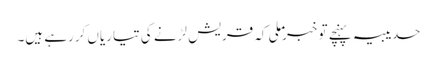
حدیبیہ پہنچے تو خبر ملی کہ قریش لڑنے کی تیاریاں کررہے ہیں۔